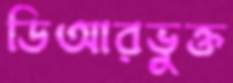
ডিআরভুক্ত